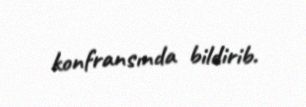
konfransında bildirib.